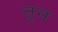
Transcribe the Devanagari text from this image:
तृन